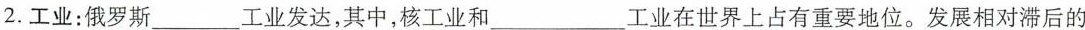
2.工业：俄罗斯___工业发达，其中，核工业和___工业在世界上占有重要地位。发展相对滞后的